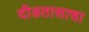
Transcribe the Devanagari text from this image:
दीडतासाचा